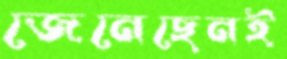
জেনেছেনই